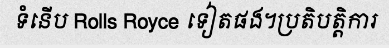
ទំនើប Rolls Royce ទៀតផង។ប្រតិបត្តិការ